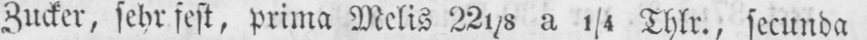
Zucker, sehr fest, prima Melis 221/8 a 1/4 Thlr., secunda